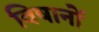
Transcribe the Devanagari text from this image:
विषानों